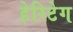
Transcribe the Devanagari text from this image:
हेरिटेग